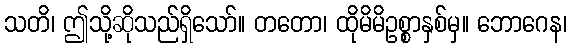
သတိ၊ ဤသို့ဆိုသည်ရှိသော်။ တတော၊ ထိုမိမိဥစ္စာနှစ်မှ။ ဘောဂေန၊